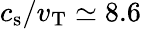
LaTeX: c_{\mathrm{s}}/v_{\mathrm{T}}\simeq 8.6